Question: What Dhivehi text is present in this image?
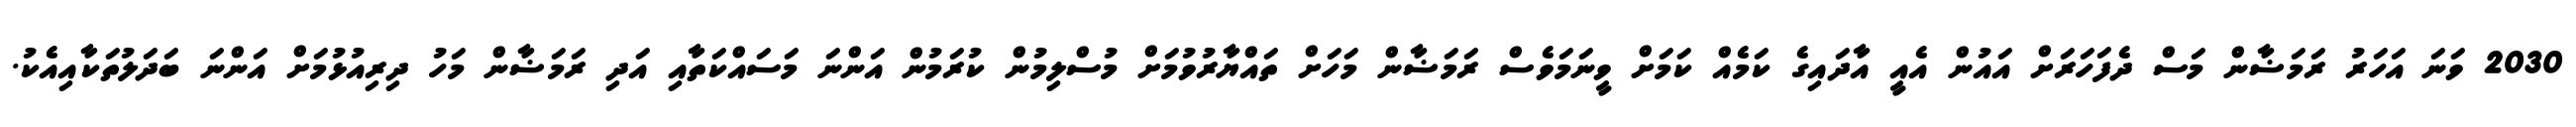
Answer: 2030 ވަނަ އަހަރު ރަމަޟާން މަސް ދެފަހަރަށް އައުން އެއީ އާދައިގެ ކަމެއް ކަމަށް ވީނަމަވެސް ރަމަޟާން މަހަށް ތައްޔާރުވުމަށް މުސްލިމުން ކުރަމުން އަންނަ މަސައްކަތާއި އަދި ރަމަޟާން މަހު ދިރިއުޅުމަށް އަންނަ ބަދަލުތަކާއިއެކު.